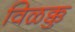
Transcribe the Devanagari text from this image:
विळक्कु